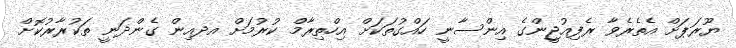
ޔޫރަޕަށް އެތެރެވާ ރެފިއުޖީންގެ އިންސާނީ ހައްގުތަކަށް އިހްތިރާމް ކުރުމަށް އދއިން ގެންދަނީ ތަކުރާރުކޮށް